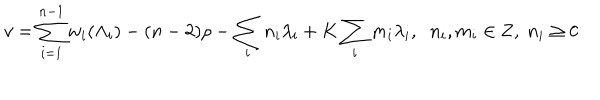
LaTeX: v = \sum _ { i = 1 } ^ { n - 1 } w _ { i } ( \Lambda _ { i } ) - ( n - 2 ) \rho - \sum _ { i } n _ { i } \lambda _ { i } + K \sum _ { i } m _ { i } \lambda _ { i } , \; \; n _ { i } , m _ { i } \in { \bf Z } , \; n _ { i } \geq 0